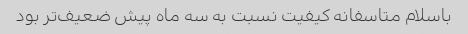
باسلام متاسفانه کیفیت نسبت به سه ماه پیش ضعیف‌تر بود